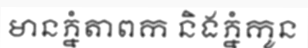
មានភ្នំតាពក និងភ្នំកូន